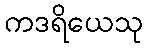
ကဒရိယေသု